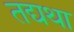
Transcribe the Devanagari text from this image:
तद्यथा